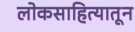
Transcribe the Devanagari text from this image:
लोकसाहित्यातून